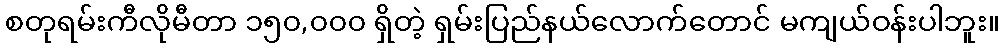
စတုရမ်းကီလိုမီတာ ၁၅၀,၀၀၀ ရှိတဲ့ ရှမ်းပြည်နယ်လောက်တောင် မကျယ်ဝန်းပါဘူး။